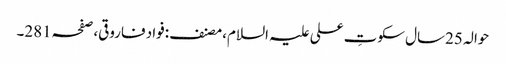
حوالہ 25سال سکوتِ علی علیہ السلام،مصنف:فواد فاروقی،صفحہ281۔